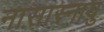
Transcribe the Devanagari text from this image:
नासास्नायु